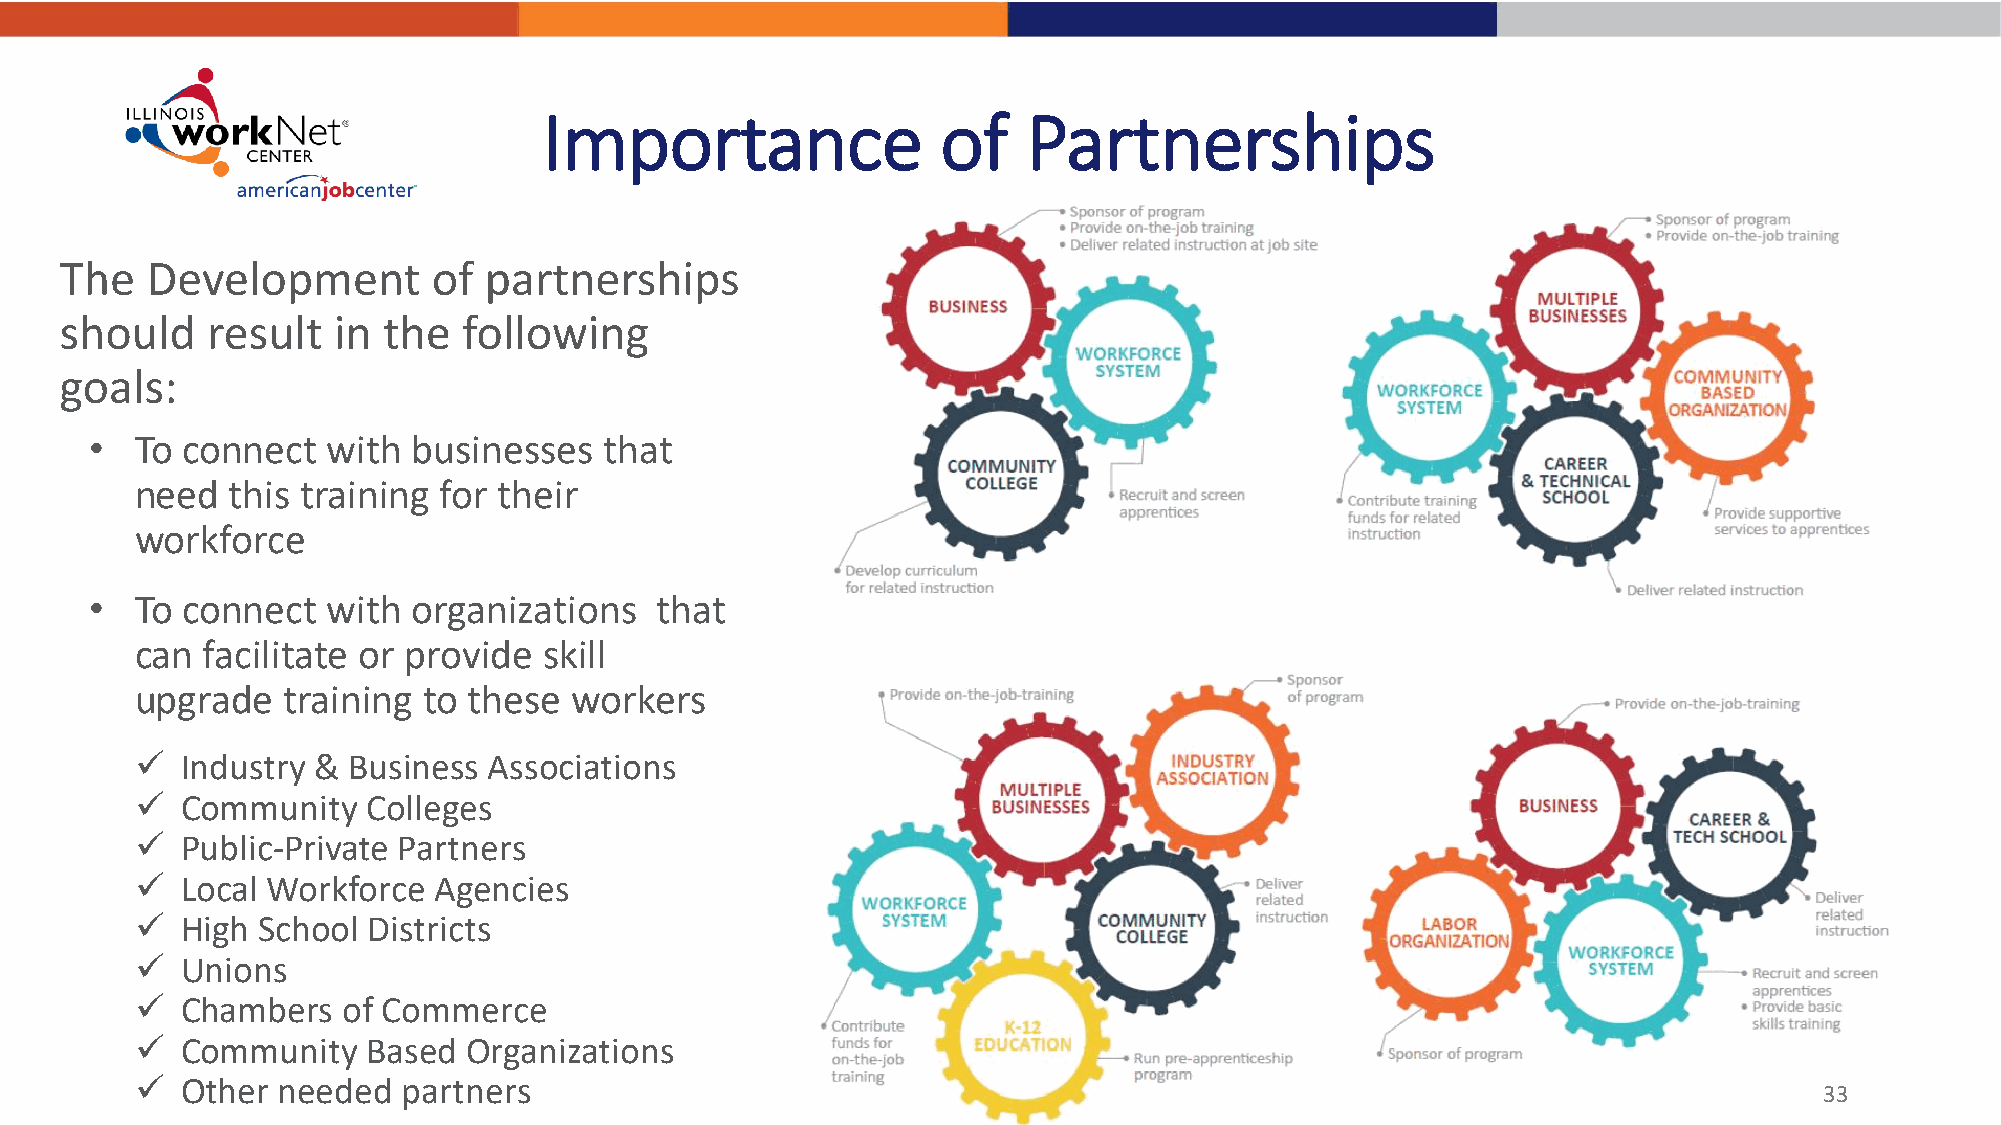
Importance                of    Partnerships
 The   Development        of partnerships
 should    result  in the   following
 goals:
 •  To connect   with businesses   that
 need  this training for their
 workforce
 •  To connect   with organizations   that
 can facilitate or provide  skill
 upgrade   training to these  workers
   Industry & Business Associations
   Community   Colleges
   Public-Private Partners
   Local Workforce  Agencies
   High School Districts
   Unions
   Chambers   of Commerce
   Community   Based  Organizations
   Other needed   partners
 33